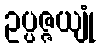
ဥပ္ပဇ္ဇယျုံ